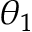
\theta _ { 1 }